Report of the Indian Hemp Drugs Commission, 1894-1895 - Volume III
Year: 1894
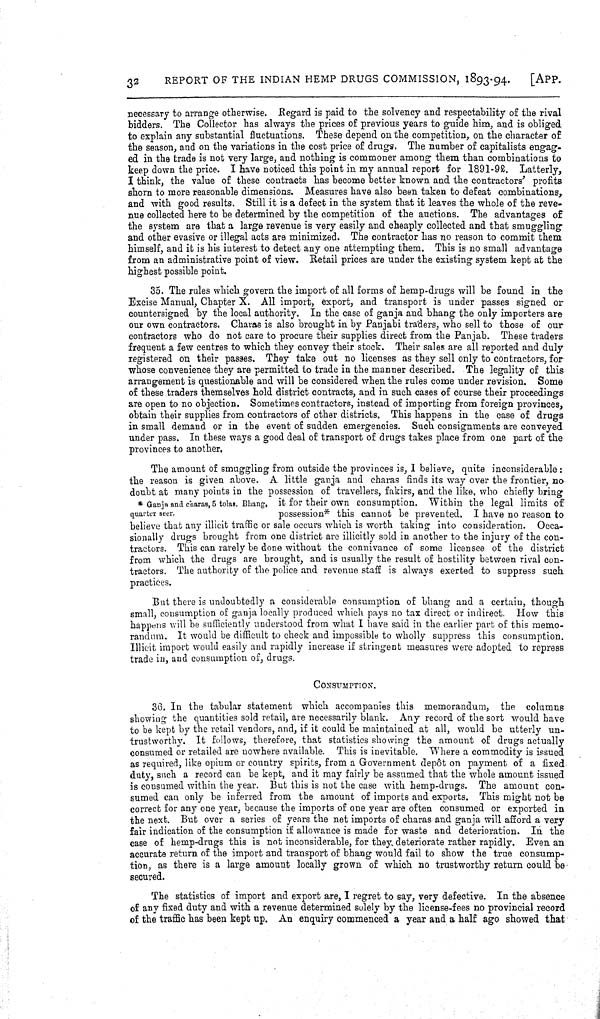
32
REPORT OF THE INDIAN HEMP DRUGS COMMISSION, 1893-94.
[APP.
necessary to arrange otherwise. Regard is paid to the solvency and respectability of the rival
bidders. The Collector has always the prices of previous years to guide him, and is obliged
to explain any substantial fluctuations. These depend on the competition, on the character of
the season, and on the variations in the cost price of drugs. The number of capitalists engag-
ed in the trade is not very large, and nothing is commoner among them than combinations to
keep down the price. I have noticed this point in my annual report for 1891-92. Latterly,
I think, the value of these contracts has become better known and the contractors' profits
shorn to more reasonable dimensions. Measures have also been taken to defeat combinations,
and with good results. Still it is a defect in the system that it leaves the whole of the reve-
nue collected here to be determined by the competition of the auctions. The advantages of
the system are that a large revenue is very easily and cheaply collected and that smuggling
and other evasive or illegal acts are minimized. The contractor has no reason to commit them
himself, and it is his interest to detect any one attempting them. This is no small advantage
from an administrative point of view. Retail prices are under the existing system kept at the
highest possible point.
35. The rules which govern the import of all forms of hemp-drugs will be found in the
Excise Manual, Chapter X. All import, export, and transport is under passes signed or
countersigned by the local authority. In the case of ganja and bhang the only importers are
our own contractors. Charas is also brought in by Panjabi traders, who sell to those of our
contractors who do not care to procure their supplies direct from the Panjab. These traders
frequent a few centres to which they convey their stock. Their sales are all reported and duly
registered on their passes. They take out no licenses as they sell only to contractors, for
whose convenience they are permitted to trade in the manner described. The legality of this
arrangement is questionable and will be considered when the rules come under revision. Some
of these traders themselves hold district contracts, and in such cases of course their proceedings
are open to no objection. Sometimes contractors, instead of importing from foreign provinces,
obtain their supplies from contractors of other districts. This happens in the case of drugs
in small demand or in the event of sudden emergencies. Such consignments are conveyed
under pass. In these ways a good deal of transport of drugs takes place from one part of the
provinces to another.
The amount of smuggling from outside the provinces is, I believe, quite inconsiderable:
the reason is given above. A little ganja and charas finds its way over the frontier, no
doubt at many points in the possession of travellers, fakirs, and the like, who chiefly bring
* Ganja and charas, 5 tolas. Bhang, it for their own consumption. Within the legal limits of
quarter seer.
possession* this cannot be prevented. I have no reason to
believe that any illicit traffic or sale occurs which is worth taking into consideration. Occa-
sionally drugs brought from one district are illicitly sold in another to the injury of the con-
tractors. This can rarely be done without the connivance of some licensee of the district
from which the drugs are brought, and is usually the result of hostility between rival con-
tractors. The authority of the police and revenue staff is always exerted to suppress such
practices.
But there is undoubtedly a considerable consumption of bhang and a certain, though
small, consumption of ganja locally produced which pays no tax direct or indirect. How this
happens will be sufficiently understood from what I have said in the earlier part of this memo-
randum. It would be difficult to check and impossible to wholly suppress this consumption.
Illicit import would easily and rapidly increase if stringent measures were adopted to repress
trade in, and consumption of, drugs.
CONSUMPTION.
36. In the tabular statement which accompanies this memorandum, the columns
showing the quantities sold retail, are necessarily blank. Any record of the sort would have
to be kept by the retail vendors, and, if it could be maintained at all, would be utterly un-
trustworthy. It follows, therefore, that statistics showing the amount of drugs actually
consumed or retailed are nowhere available. This is inevitable. Where a commodity is issued
as required, like opium or country spirits, from a Government depôt on payment of a fixed
duty, such a record can be kept, and it may fairly be assumed that the whole amount issued
is consumed within the year. But this is not the case with hemp-drugs. The amount con-
sumed can only be inferred from the amount of imports and exports. This might not be
correct for any one year, because the imports of one year are often consumed or exported in
the next. But over a series of years the net imports of charas and ganja will afford a very
fair indication of the consumption if allowance is made for waste and deterioration. In the
case of hemp-drugs this is not inconsiderable, for they deteriorate rather rapidly. Even an
accurate return of the import and transport of bhang would fail to show the true consump-
tion, as there is a large amount locally grown of which no trustworthy return could be
secured.
The statistics of import and export are, I regret to say, very defective. In the absence
of any fixed duty and with a revenue determined solely by the license-fees no provincial record
of the traffic has been kept up. An enquiry commenced a year and a half ago showed that